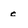
Character: c